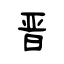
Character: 晋